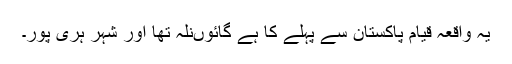
یہ واقعہ قیام پاکستان سے پہلے کا ہے گائوںنلہ تھا اور شہر ہری پور۔